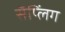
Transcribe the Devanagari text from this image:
सॅप्लिंग